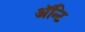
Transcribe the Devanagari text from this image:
अॅन्टि